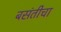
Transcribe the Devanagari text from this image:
बसंतीचा